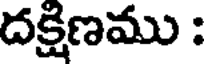
దక్షిణము :